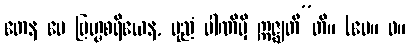
တေန မေ ဗြဟ္မစရိယေန, ပုညံ ပါဏိမှိ ဣဇ္ဈတီ”တိ။ (ပေ။ ဝ။